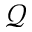
\mathcal { Q }